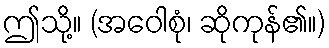
ဤသို့။ (အဝေါစုံ၊ ဆိုကုန်၏။)